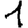
Digit: 1